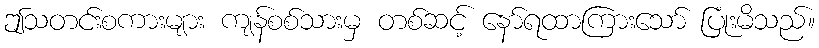
ဤသတင်းစကားများ ကျန်စစ်သားမှ တစ်ဆင့် နော်ရထာကြားသော် ပြုံးမိသည်။